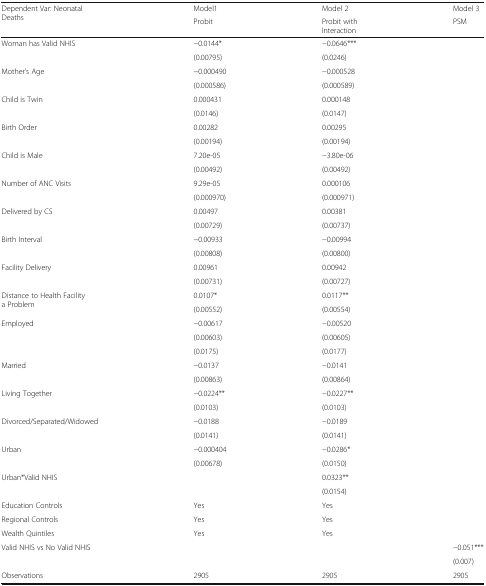
<table><thead><tr><td rowspan="2"><b>Dependent Var: Neonatal Deaths</b></td><td><b>Model1</b></td><td><b>Model 2</b></td><td><b>Model 3</b></td></tr><tr><td><b>Probit</b></td><td><b>Probit with Interaction</b></td><td><b>PSM</b></td></tr></thead><tbody><tr><td rowspan="2">Woman has Valid NHIS</td><td>−0.0144*</td><td>−0.0646***</td><td>[EMPTY_CELL]</td></tr><tr><td>(0.00795)</td><td>(0.0246)</td><td>[EMPTY_CELL]</td></tr><tr><td rowspan="2">Mother’s Age</td><td>−0.000490</td><td>−0.000528</td><td>[EMPTY_CELL]</td></tr><tr><td>(0.000586)</td><td>(0.000589)</td><td>[EMPTY_CELL]</td></tr><tr><td rowspan="2">Child is Twin</td><td>0.000431</td><td>0.000148</td><td>[EMPTY_CELL]</td></tr><tr><td>(0.0146)</td><td>(0.0147)</td><td>[EMPTY_CELL]</td></tr><tr><td rowspan="2">Birth Order</td><td>0.00282</td><td>0.00295</td><td>[EMPTY_CELL]</td></tr><tr><td>(0.00194)</td><td>(0.00194)</td><td>[EMPTY_CELL]</td></tr><tr><td rowspan="2">Child is Male</td><td>7.20e-05</td><td>−3.80e-06</td><td>[EMPTY_CELL]</td></tr><tr><td>(0.00492)</td><td>(0.00492)</td><td>[EMPTY_CELL]</td></tr><tr><td rowspan="2">Number of ANC Visits</td><td>9.29e-05</td><td>0.000106</td><td>[EMPTY_CELL]</td></tr><tr><td>(0.000970)</td><td>(0.000971)</td><td>[EMPTY_CELL]</td></tr><tr><td rowspan="2">Delivered by CS</td><td>0.00497</td><td>0.00381</td><td>[EMPTY_CELL]</td></tr><tr><td>(0.00729)</td><td>(0.00737)</td><td>[EMPTY_CELL]</td></tr><tr><td rowspan="2">Birth Interval</td><td>−0.00933</td><td>−0.00994</td><td>[EMPTY_CELL]</td></tr><tr><td>(0.00808)</td><td>(0.00800)</td><td>[EMPTY_CELL]</td></tr><tr><td rowspan="2">Facility Delivery</td><td>0.00961</td><td>0.00942</td><td>[EMPTY_CELL]</td></tr><tr><td>(0.00731)</td><td>(0.00727)</td><td>[EMPTY_CELL]</td></tr><tr><td rowspan="2">Distance to Health Facility a Problem</td><td>0.0107*</td><td>0.0117**</td><td>[EMPTY_CELL]</td></tr><tr><td>(0.00552)</td><td>(0.00554)</td><td>[EMPTY_CELL]</td></tr><tr><td rowspan="3">Employed</td><td>−0.00617</td><td>−0.00520</td><td>[EMPTY_CELL]</td></tr><tr><td>(0.00603)</td><td>(0.00605)</td><td>[EMPTY_CELL]</td></tr><tr><td>(0.0175)</td><td>(0.0177)</td><td>[EMPTY_CELL]</td></tr><tr><td rowspan="2">Married</td><td>−0.0137</td><td>−0.0141</td><td>[EMPTY_CELL]</td></tr><tr><td>(0.00863)</td><td>(0.00864)</td><td>[EMPTY_CELL]</td></tr><tr><td rowspan="2">Living Together</td><td>−0.0224**</td><td>−0.0227**</td><td>[EMPTY_CELL]</td></tr><tr><td>(0.0103)</td><td>(0.0103)</td><td>[EMPTY_CELL]</td></tr><tr><td rowspan="2">Divorced/Separated/Widowed</td><td>−0.0188</td><td>−0.0189</td><td>[EMPTY_CELL]</td></tr><tr><td>(0.0141)</td><td>(0.0141)</td><td>[EMPTY_CELL]</td></tr><tr><td rowspan="2">Urban</td><td>−0.000404</td><td>−0.0286*</td><td>[EMPTY_CELL]</td></tr><tr><td>(0.00678)</td><td>(0.0150)</td><td>[EMPTY_CELL]</td></tr><tr><td rowspan="2">Urban*Valid NHIS</td><td>[EMPTY_CELL]</td><td>0.0323**</td><td>[EMPTY_CELL]</td></tr><tr><td>[EMPTY_CELL]</td><td>(0.0154)</td><td>[EMPTY_CELL]</td></tr><tr><td>Education Controls</td><td>Yes</td><td>Yes</td><td>[EMPTY_CELL]</td></tr><tr><td>Regional Controls</td><td>Yes</td><td>Yes</td><td>[EMPTY_CELL]</td></tr><tr><td>Wealth Quintiles</td><td>Yes</td><td>Yes</td><td>[EMPTY_CELL]</td></tr><tr><td rowspan="2">Valid NHIS vs No Valid NHIS</td><td>[EMPTY_CELL]</td><td>[EMPTY_CELL]</td><td>−0.051***</td></tr><tr><td>[EMPTY_CELL]</td><td>[EMPTY_CELL]</td><td>(0.007)</td></tr><tr><td>Observations</td><td>2905</td><td>2905</td><td>2905</td></tr></tbody></table>